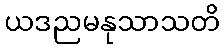
ယဒညမနုသာသတိ